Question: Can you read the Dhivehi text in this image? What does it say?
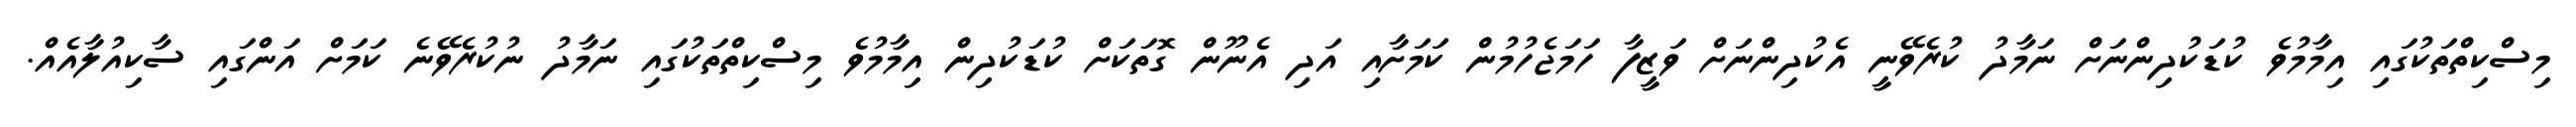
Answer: މިސްކިތްތަކުގައި އިމާމުވެ ކުޑަކުދިންނަށް ނަމާދު ކުރެވޭނީ އެކުދިންނަށް ވަޒީފާ ހަމަޖެހުމުން ކަމަށާއި އަދި އެނޫން ގޮތަކަށް ކުޑަކުދިން އިމާމުވެ މިސްކިތްތަކުގައި ނަމާދު ނުކުރެވޭނެ ކަމަށް އަންގައި ސާކިއުލާއެއް.